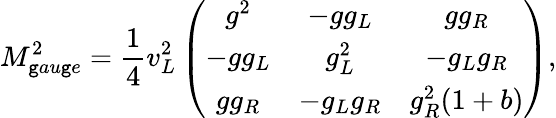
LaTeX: M_{\mathtt{g}au\mathtt{g}e}^{2}=\frac{{1}}{{4}}{v_{L}^{2}}\left(\begin{array}{ccc}{{g^{2}}}&{{-gg_{L}}}&{{gg_{R}}}\\ {{-gg_{L}}}&{{g_{L}^{2}}}&{{-g_{L}g_{R}}}\\ {{gg_{R}}}&{{-g_{L}g_{R}}}&{{g_{R}^{2}(1+b)}}\end{array}\right),